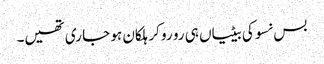
بس نسوکی بیٹیاں ہی رو رو کر ہلکان ہو جا ری تھیں۔